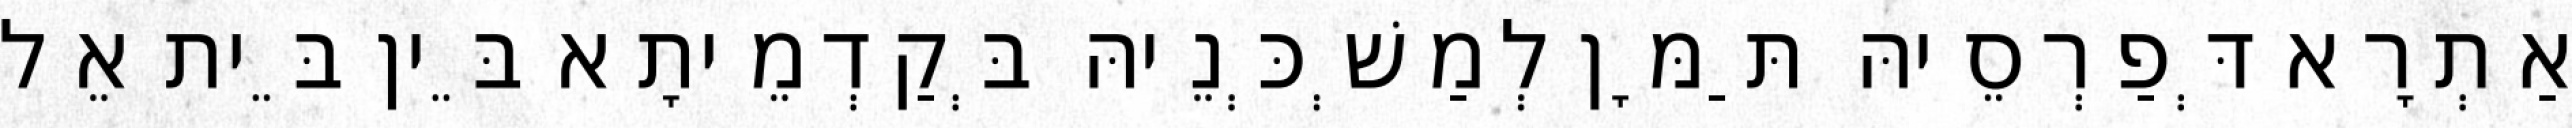
אַתְרָא דְּפַרְסֵיהּ תַּמָּן לְמַשְׁכְּנֵיהּ בְּקַדְמֵיתָא בֵּין בֵּית אֵל